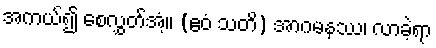
အကယ်၍ စေလွှတ်အံ့။ (ဧဝံ သတိ) အာဂမနဿ၊ လာခဲ့ရာ